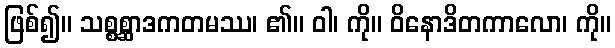
ဖြစ်၍။ သစ္စစ္ဆာဒကတမဿ၊ ၏။ ဝါ၊ ကို။ ဝိနောဒိတကာလော၊ ကို။